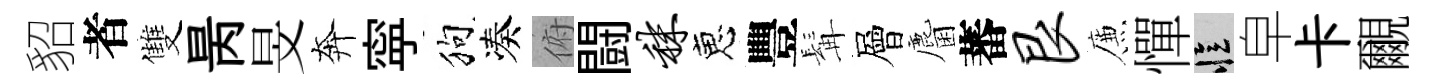
貂者雙昺旻奔寜狗凑俯闘秣恵豐髯層麕蕃艮簾憚忆皁卡覼